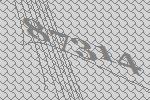
87314